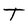
Character: T